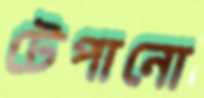
টেপানো